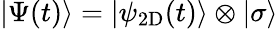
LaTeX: |\Psi(t)\rangle=|\psi_{\mathrm{2D}}(t)\rangle\otimes|\sigma\rangle